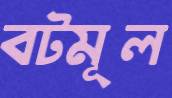
বটমূল